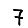
Digit: 7